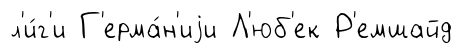
л'и́г'и Г'ерма́н'иjи Л'юб'ек Р'емшайд